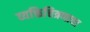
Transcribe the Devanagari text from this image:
व्यक्तिचित्रणाचा